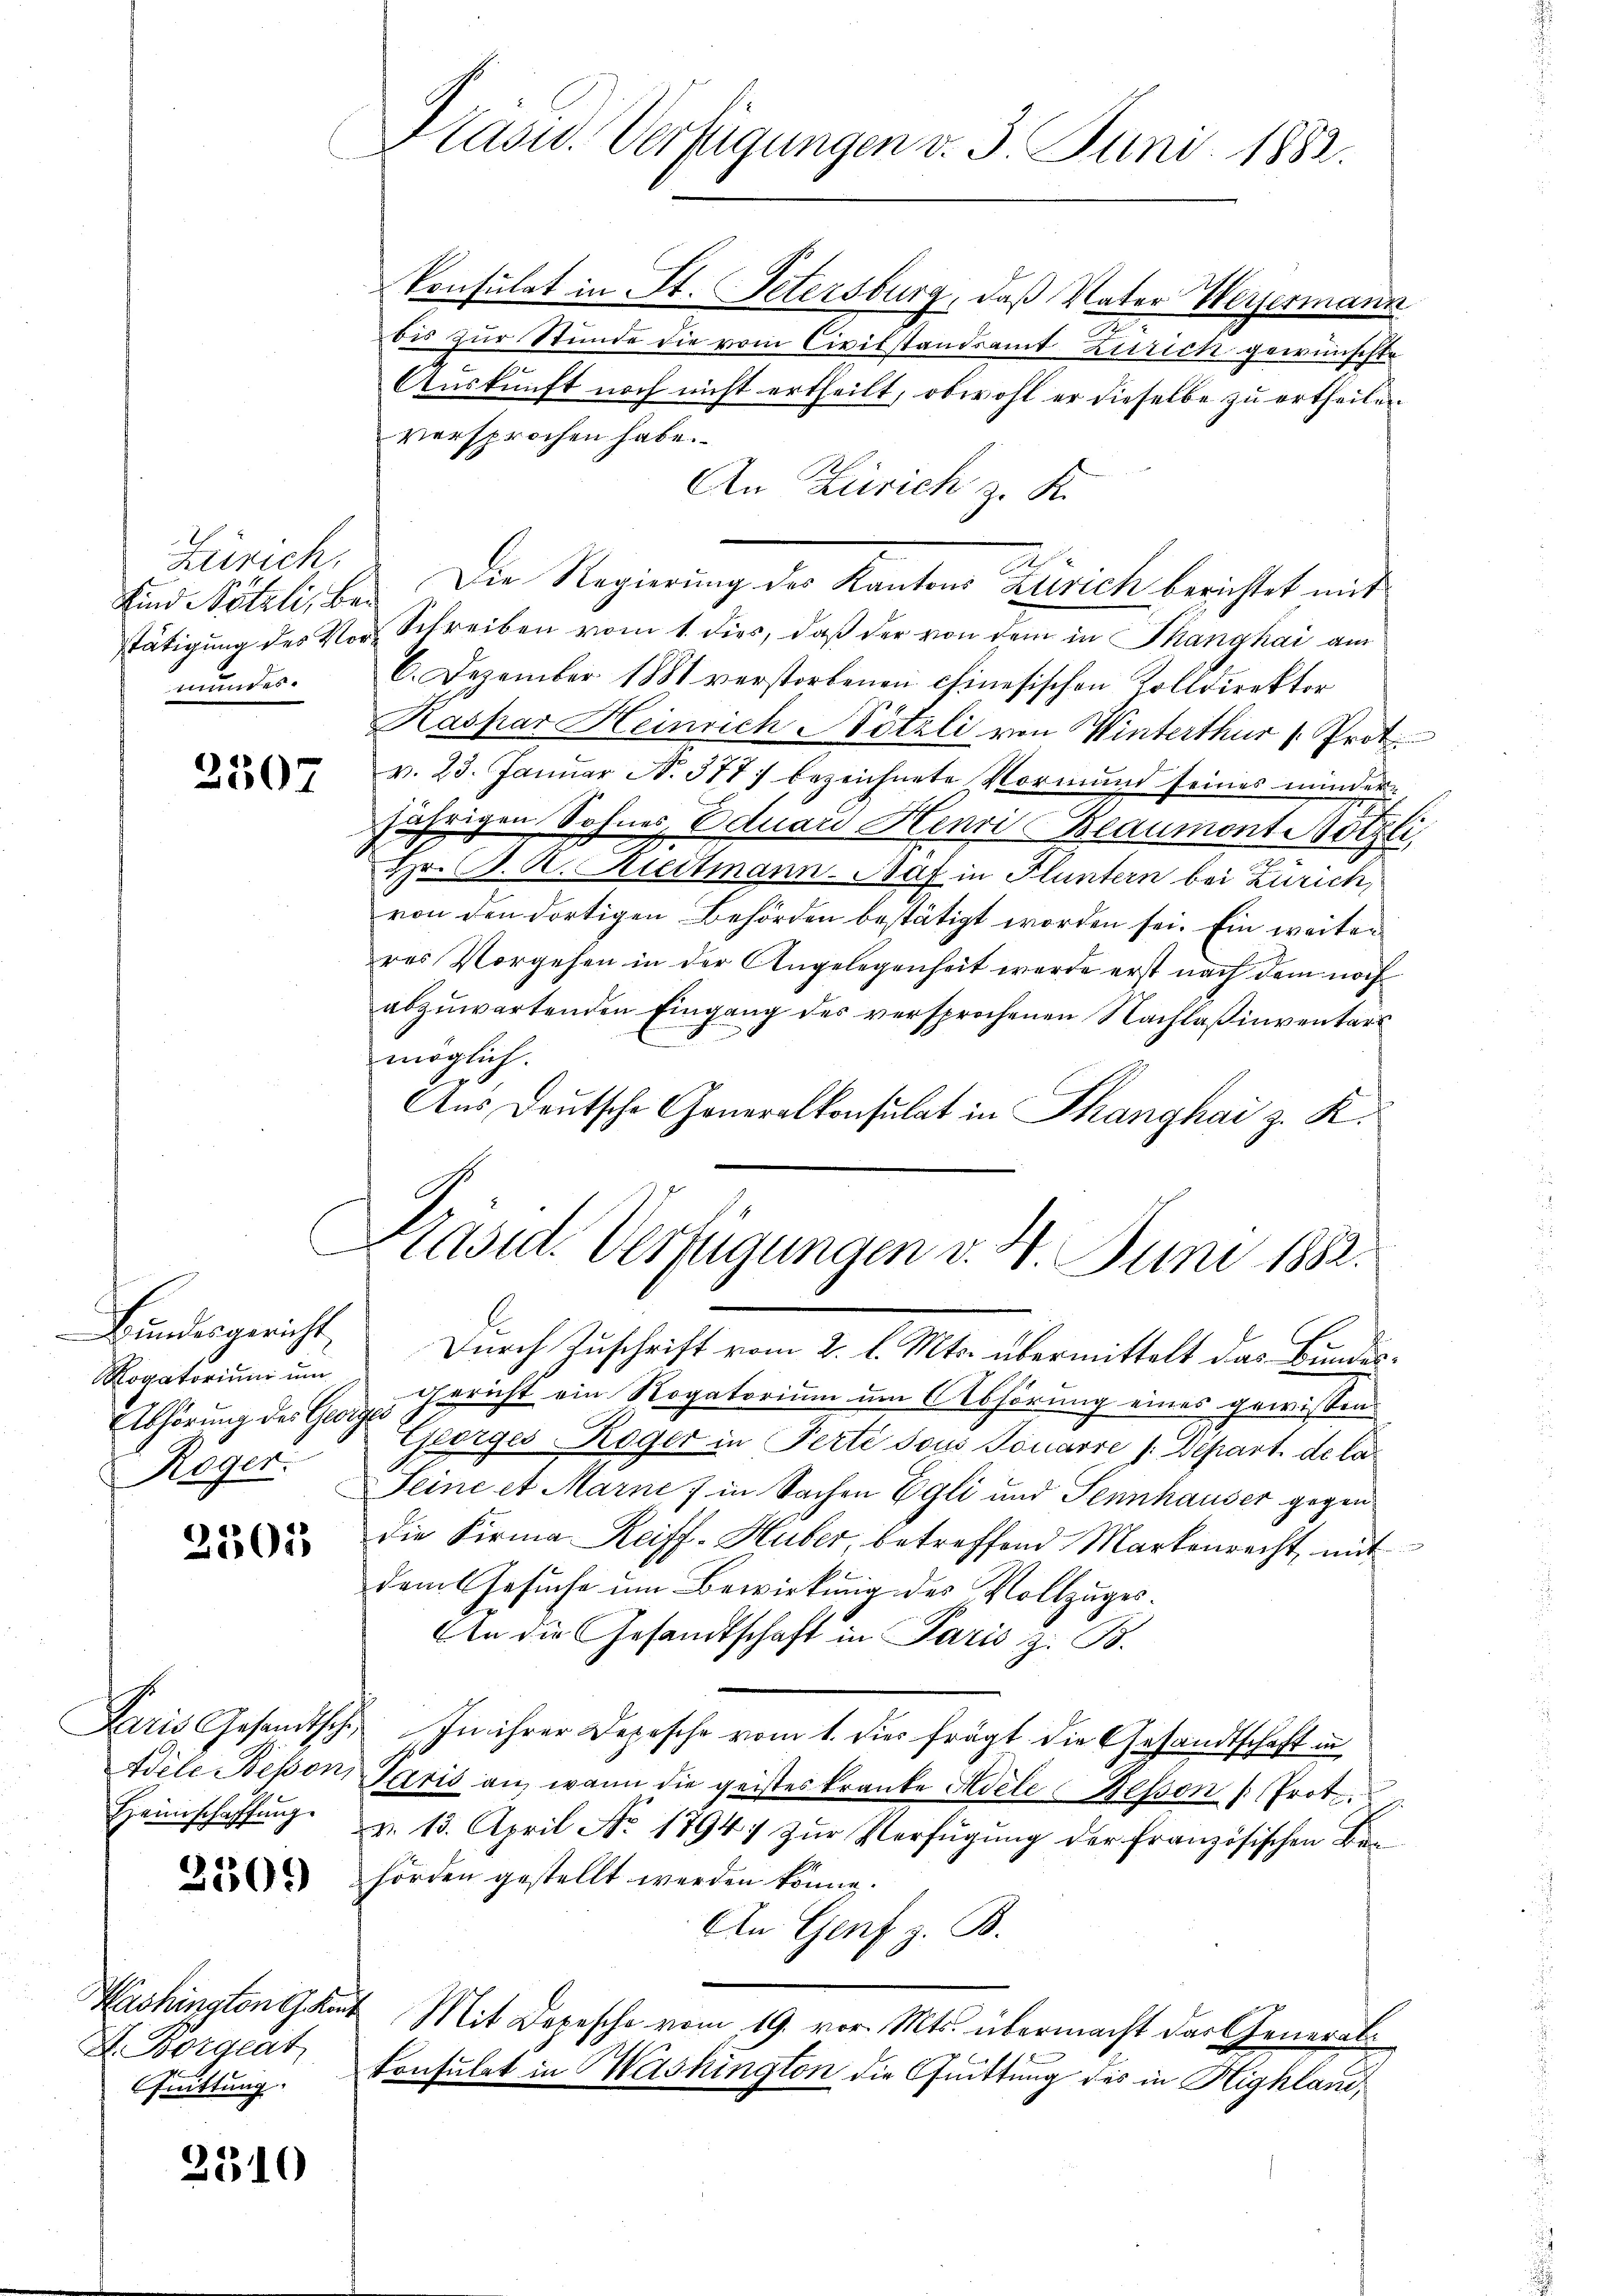
Zürich.
munder.

2507

Bundesgericht
Rogatorium um
Abhörung des Gotz
Roger.

2505

Paris Gesandtsche
Idele Bessen,
Heimschaffung.

3509)

Washington G. Kant
H. Borgeat
Quittung.

3310

Kasu. Verfügungen v. 3. Juni 1882.

konsulat in St. Petersburg, daß Vater Wergermann
bis zur Stunde die vom Civilstandsamt Zürich gewünschte
Auskunft noch nicht ertheilt, obwohl er dieselbe zu ertheilen
versprochen habe.
An Zürich z. K.
End ötzli bei Die Regierung der Kantons Zürich berichtet mit
stätigung des Vor Schreiben vom 1. dies, daß der von dem in Thangkai am
6. Dezember 1881 verstorbenen chinesischen Kolldirektor
Raspar Heinrich Nötzli von Winterthur (Prot
v. 23. Janŭar No. 377 bezeichnete Vormund seines minder-
jährigen Sohnes Eduard Henri Beaumont Nötzli,
Hr. B. A. Riedtmann-Naf in Fluntern bei Zürich,
von den dortigen Behörden bestätigt worden sei. Ein weiter
res Vorgehen in der Angelegenheit werde erst nach dem noch
abzuwartenden Eingang des versprochenen Nachlaßinventars
möglich.
Aus Deutsche Generalkonsulat in Thanghai z. K.
Präsid. Verfügungen v. 4. Juni 1882.
Durch Zuschrift vom 2. l. Mts. übermittelt das Bundes¬
Gericht ein Rogatorium um Abhörung eines gewissen
Georges Roger in Ferti sous Tonarre /: Depart de la
Seine et Marie & in Sachen Egli und Sennhauser gegen
die Firma Reiff-Huber, betreffend Markenrecht mit
dem Gesuche um Bewirkung des Vollzuges¬
An die Gesandtschaft in Paris z. B.
In ihrer Depesche vom 1. die frägt die Gesandtschaft in
Paris an, wann die geistes kranke Adele Bessen Prot
d. 13. April No 17947 zur Verfügung der französischen Biehörden gestellt werden könne.
An Genf z. B.
Mit Depesche vom 19. vor. Mts. übermacht das Generalkonsulat in Washington die Quittung des in Highland,